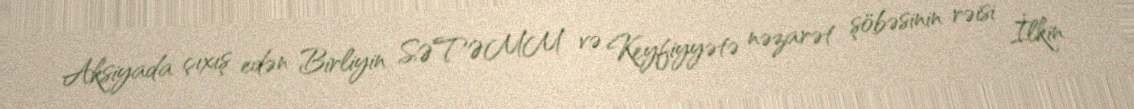
Aksiyada çıxış edən Birliyin SƏTƏMM və Keyfiyyətə nəzarət şöbəsinin rəisi İlkin